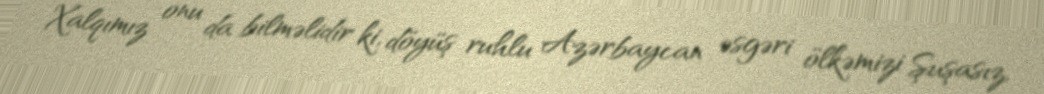
Xalqımız onu da bilməlidir ki, döyüş ruhlu Azərbaycan əsgəri ölkəmizi Şuşasız,